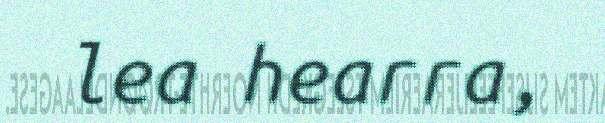
lea hearra,